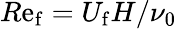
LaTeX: R\mathrm{e}_{\mathrm{{f}}}=U_{\mathrm{{f}}}H/\nu_{0}